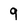
Character: 9